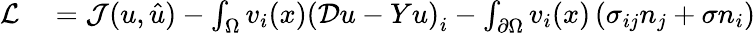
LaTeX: \begin{array}{rl}{\mathcal{L}}&{{}=\mathcal{J}(u,\hat{u})-\int_{\Omega}v_{i}(x)\left(\mathcal{D}u-Yu\right)_{i}-\int_{\partial\Omega}v_{i}(x)\left(\sigma_{ij}n_{j}+\sigma n_{i}\right)}\end{array}